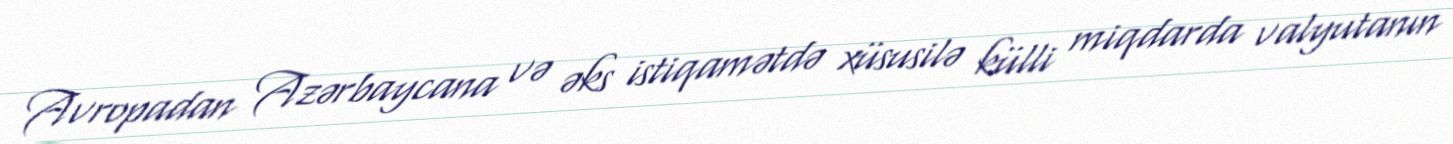
Avropadan Azərbaycana və əks istiqamətdə xüsusilə külli miqdarda valyutanın